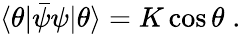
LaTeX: \langle\theta|\bar{\psi}\psi|\theta\rangle=K\cos\theta\; .